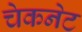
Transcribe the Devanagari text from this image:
चेकनेट